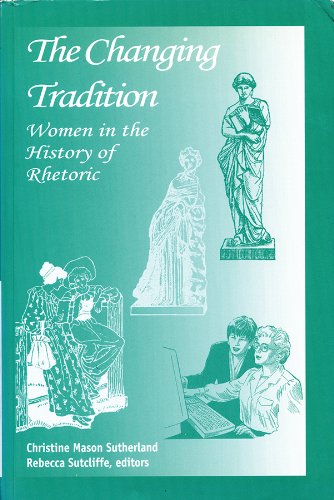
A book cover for The Changing Tradition: Women in the History of Rhetoric; Politics & Social Sciences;